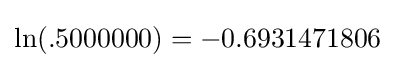
\ln(.5000000)=-0.6931471806